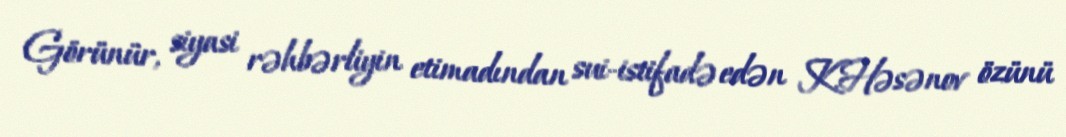
Görünür, siyasi rəhbərliyin etimadından sui-istifadə edən K.Həsənov özünü